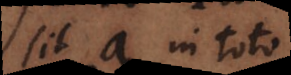
sit a in toto,